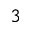
^ 3